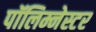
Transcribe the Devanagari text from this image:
पॉलिम्नेस्टर